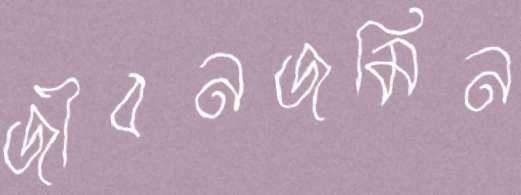
জীবনজমিন